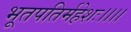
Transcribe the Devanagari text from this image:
भूतपतिर्महेशः।।।।